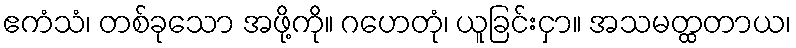
ဧကံသံ၊ တစ်ခုသော အဖို့ကို။ ဂဟေတုံ၊ ယူခြင်းငှာ။ အသမတ္ထတာယ၊